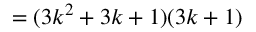
= ( 3 k ^ { 2 } + 3 k + 1 ) ( 3 k + 1 )